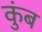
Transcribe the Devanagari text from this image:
कुंब